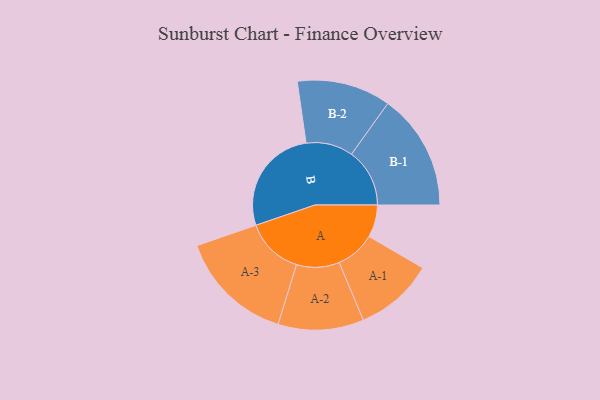
{"axis": {"x": "Segment", "y": "Value"}, "legend": ["", "A", "B"], "data": [{"x": "A", "y": 118, "type": ""}, {"x": "B", "y": 393, "type": ""}, {"x": "A-1", "y": 144, "type": "A"}, {"x": "A-2", "y": 156, "type": "A"}, {"x": "A-3", "y": 210, "type": "A"}, {"x": "B-1", "y": 212, "type": "B"}, {"x": "B-2", "y": 171, "type": "B"}]}